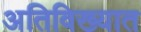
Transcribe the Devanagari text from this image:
अतिविख्यात